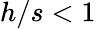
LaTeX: h/s<1